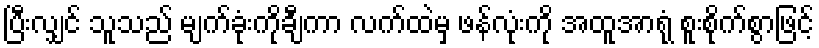
ပြီးလျှင် သူသည် မျက်ခုံးကိုချီကာ လက်ထဲမှ ဖန်လုံးကို အထူအာရုံ စူးစိုက်စွာဖြင့်